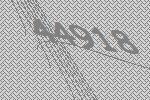
44918